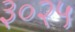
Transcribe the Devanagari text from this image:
३०२५